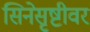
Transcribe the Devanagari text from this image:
सिनेसृष्टीवर